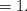
LaTeX: \begin{align*}= 1.\end{align*}